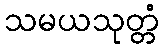
သမယသုတ္တံ